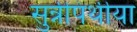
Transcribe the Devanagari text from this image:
सुन्नीपंथीया